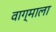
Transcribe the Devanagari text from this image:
वाग्माला